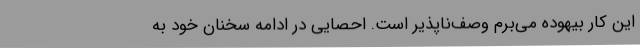
این کار بیهوده می‌برم وصف‌ناپذیر است. احصایی در ادامه سخنان خود به